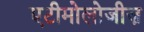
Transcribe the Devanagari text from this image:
एटीमोलोजीज़